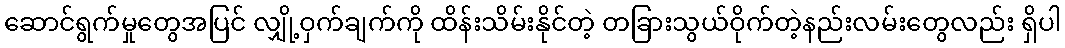
ဆောင်ရွက်မှုတွေအပြင် လျှို့ဝှက်ချက်ကို ထိန်းသိမ်းနိုင်တဲ့ တခြားသွယ်ဝိုက်တဲ့နည်းလမ်းတွေလည်း ရှိပါ